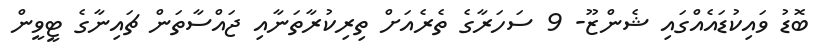
ބޮޑު ވައިކުޑައެއްގައި ޝެންޒޫ- 9 ސަހަރާގެ ތެރެއަށް ތިރިކުރާތަނާއި ޖައްސާތަން ޗައިނާގެ ޓީވީން